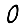
Digit: 0